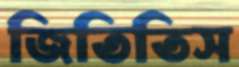
জিতিতিস